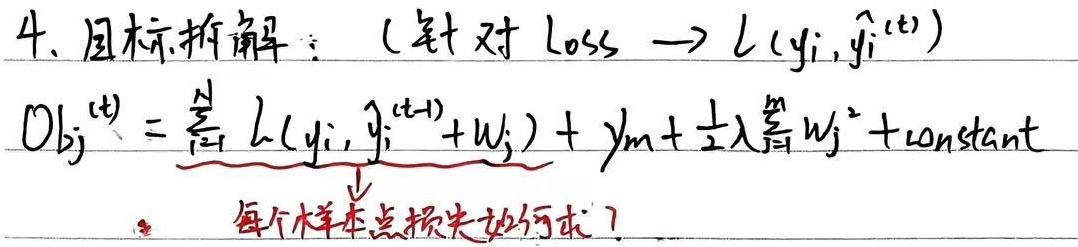
4. 目标拆解：（针对 loss $\to l(y_{i},\hat{y}_{i}^{(t)})$）
\[Obj^{(t)}=\underbrace{\sum_{i = 1}^{N}l(y_{i},\hat{y}_{i}^{(t - 1)}+w_{j})}_{} + \gamma_{m}+\frac{1}{2}\lambda\sum_{j = 1}^{M}w_{j}^{2}+\text{constant}\]
每个样本点损失如何求？